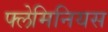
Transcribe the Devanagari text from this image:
फ्लेमिनियस